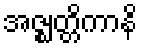
အဇ္ဈတ္တိကာနိ